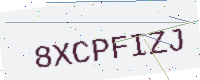
Text: 8XCPFIZJ